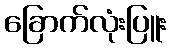
ခြောက်လုံးပြူး